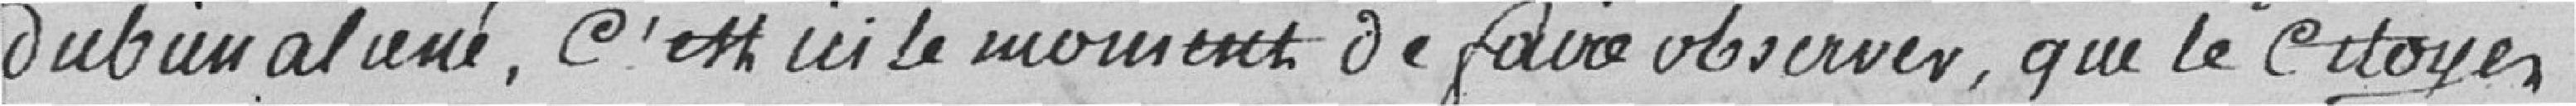
du bien aliéné, c'est ici le moment de faire observer, que le citoyen